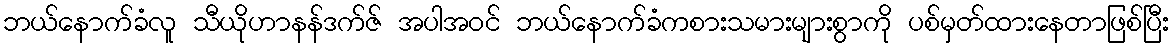
ဘယ်နောက်ခံလူ သီယိုဟာနန်ဒက်ဇ် အပါအဝင် ဘယ်နောက်ခံကစားသမားများစွာကို ပစ်မှတ်ထားနေတာဖြစ်ပြီး